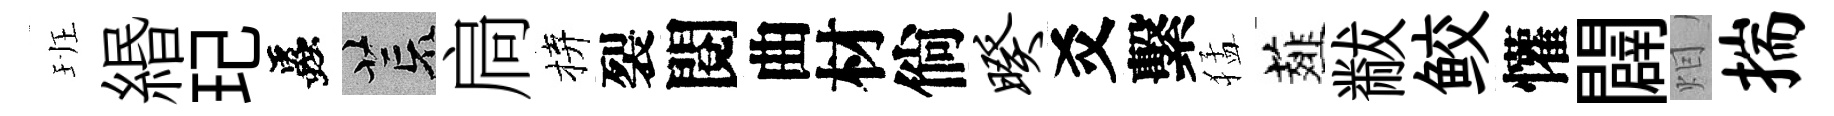
班緡玘蟲荒扃拚裂閱曲材倘暌爻繫猛薤黻鲛懽闢𤇆揣